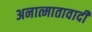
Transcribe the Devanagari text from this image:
अनात्मातावादी